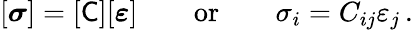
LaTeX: [{\boldsymbol{\sigma}}]=[{\mathsf{C}}][{\boldsymbol{\varepsilon}}]\qquad{\mathrm{or}}\qquad\sigma_{i}=C_{ij}\varepsilon_{j}\, .